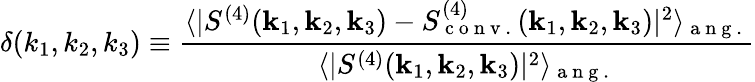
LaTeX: \delta(k_{1},k_{2},k_{3})\equiv\frac{\langle|S^{(4)}(\mathbf{k}_{1},\mathbf{k}_{2},\mathbf{k}_{3})-S_{\mathrm{~c~o~n~v~.~}}^{(4)}(\mathbf{k}_{1},\mathbf{k}_{2},\mathbf{k}_{3})|^{2}\rangle_{\mathrm{~a~n~g~.~}}}{\langle|S^{(4)}(\mathbf{k}_{1},\mathbf{k}_{2},\mathbf{k}_{3})|^{2}\rangle_{\mathrm{~a~n~g~.~}}}